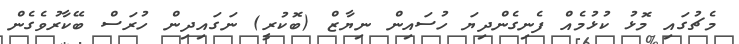
މެޗުގައި މޮޅު ކުޅުމެއް ފެނިގެންދިޔަ ހުސައިން ނިޔާޒް (ބޮކުރީ) ނަގައިދިން ހުރަސް ބޭކާރުވެގެން